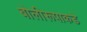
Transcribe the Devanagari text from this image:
बोलीरूपाकडे